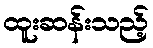
ထူးဆန်းသည့်